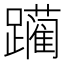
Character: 躏